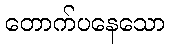
တောက်ပနေသော